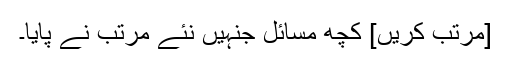
[مرتب کریں] کچھ مسائل جنہیں نئے مرتب نے پایا۔